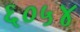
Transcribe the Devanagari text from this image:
६०५४